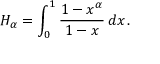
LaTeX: H _ { \alpha } = \int _ { 0 } ^ { 1 } { \frac { 1 - x ^ { \alpha } } { 1 - x } } \, d x \, .